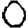
Digit: 0